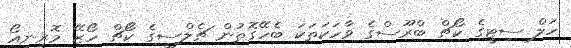
ހަލް ސިޓީގެ ކޯޗް ބްރޫސްގެ ވާހަކަތަކަ ބެހޭގޮތުން ޗެލްސީގެ ކޯޗް ހޯޒޭ މޮރީނިއޯ